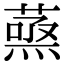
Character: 𮐹